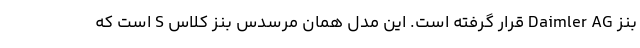
بنز Daimler AG قرار گرفته است. این مدل همان مرسدس بنز کلاس S است که